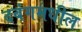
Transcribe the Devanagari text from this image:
दबंगमधील